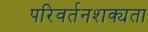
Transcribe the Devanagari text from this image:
परिवर्तनशक्यता